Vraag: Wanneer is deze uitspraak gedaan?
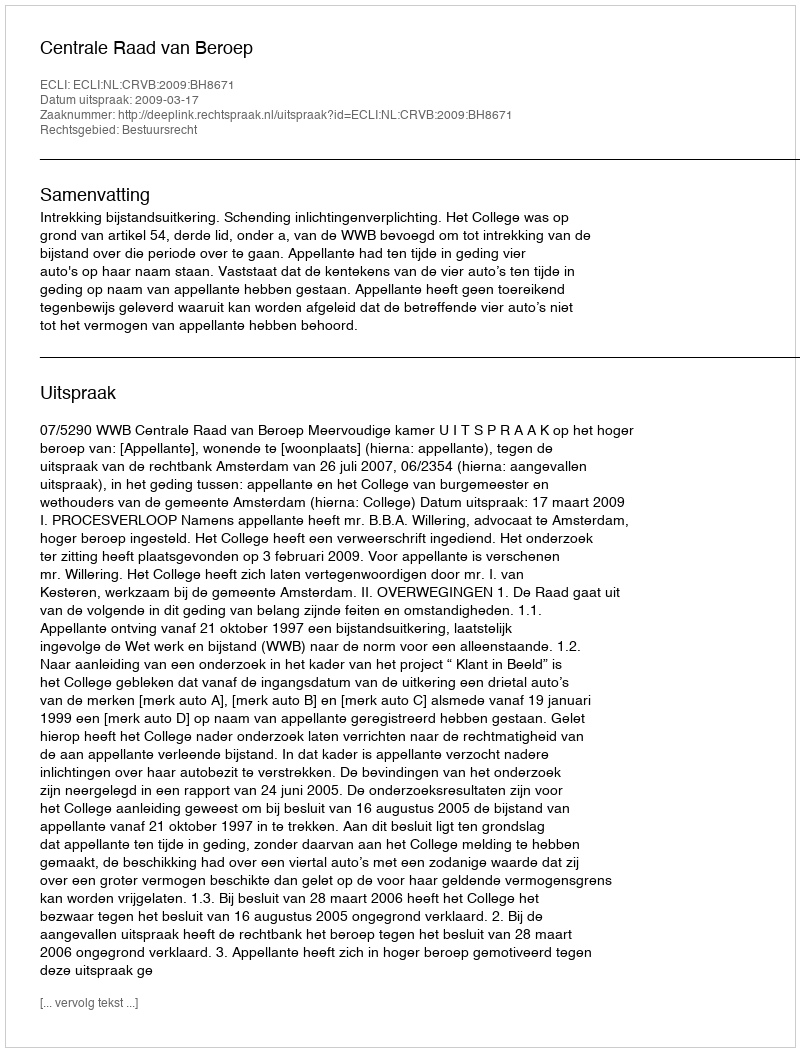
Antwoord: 2009-03-17